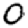
Digit: 0